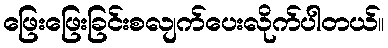
ဖြေးဖြေးခြင်းစလျက်ပေးလိုက်ပါတယ်။